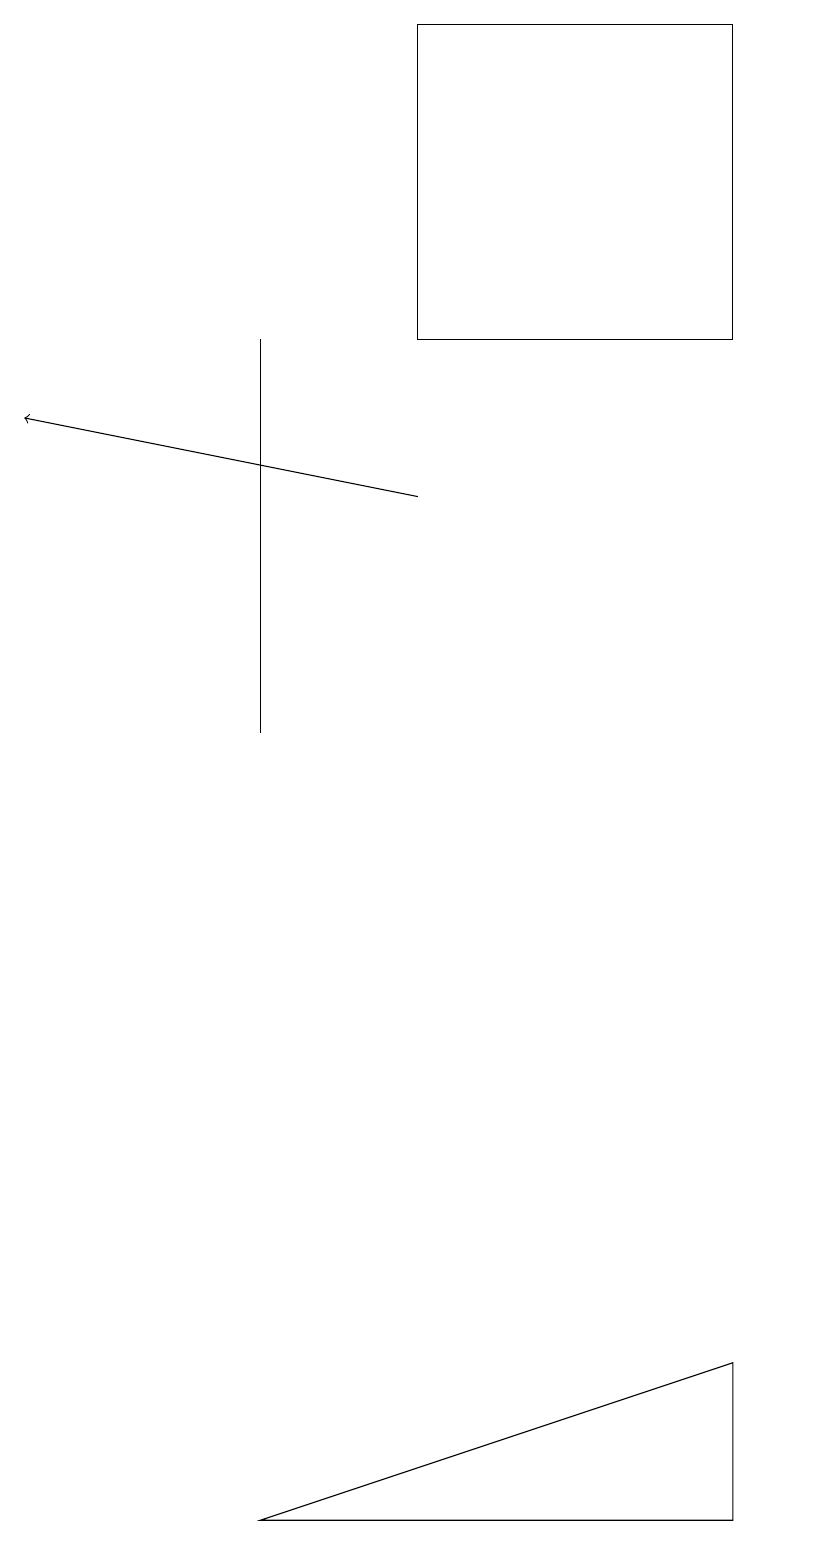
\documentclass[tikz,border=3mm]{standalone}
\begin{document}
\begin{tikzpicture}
\draw[->] (5,13) -- (0,14);
\draw (3,0) -- (9,0) -- (9,2) -- cycle;
\draw (5,15) rectangle (9,19);
\draw (10,10) circle (0);
\draw (3,10) rectangle (3,15);
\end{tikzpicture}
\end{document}